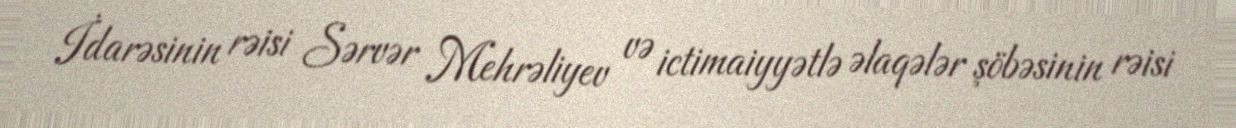
İdarəsinin rəisi Sərvər Mehrəliyev və ictimaiyyətlə əlaqələr şöbəsinin rəisi